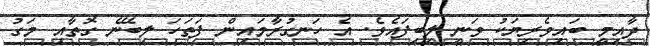
ދާއިމީ ބައިވެރިޔަކު ވަނީ ލިބިފައެވެ. އެ ހަނގުރާމައިން ފަތަހަ ލިބޭނެ ގޮތާއި މަގު